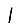
Digit: 1